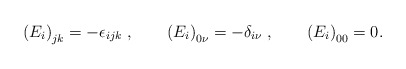
\begin{align*}\left( E_{i}\right) _{jk}=-\epsilon_{ijk}\;,\qquad\left( E_{i}\right)_{0\nu}=-\delta_{i\nu}\;,\qquad\left( E_{i}\right) _{00}=0.\end{align*}